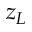
z _ { L }